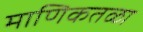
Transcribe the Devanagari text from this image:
माणिकतळा